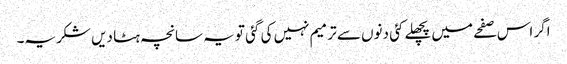
اگر اس صفحے میں پچھلے کئی دنوں سے ترمیم نہیں کی گئی تو یہ سانچہ ہٹا دیں شکریہ۔